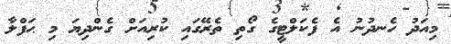
މިއަދު ހެނދުނު އެ ފެކަލްޓީގެ ގޯތި ތެރޭގައި ކުރިއަށް ގެންދިޔަ މި ޙަފްލާ